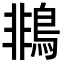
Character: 𪂞